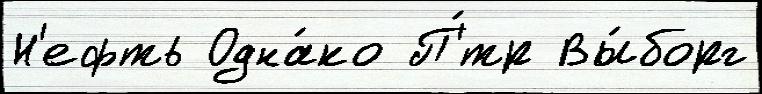
Н'ефть Одна́ко П'́тр Вы́борг